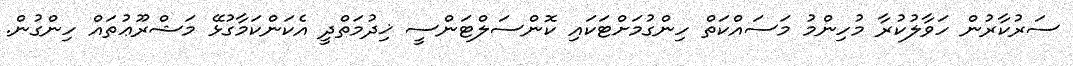
ސަރުކާރުން ހަވާލުކުރާ މުހިންމު މަސައްކަތް ހިންގުމަށްޓަކައި ކޮންސަލްޓަންސީ ޚިދުމަތްދީ އެކަންކަމާގުޅޭ މަޝްރޫޢުތައް ހިންގުން.